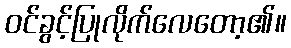
ဝင်ခွင့်ပြုလိုက်လေတော့၏။